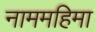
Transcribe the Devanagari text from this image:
नाममहिमा